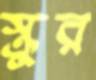
স্ক্রুর